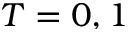
T = 0 , 1